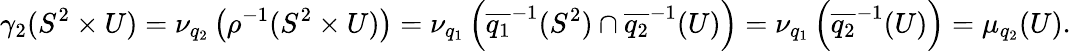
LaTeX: \gamma_{2}(S^{2}\times U)=\nu_{q_{2}}\left(\rho^{-1}(S^{2}\times U)\right)=\nu_{q_{1}}\left(\overline{{{q_{1}}}}^{-1}(S^{2})\cap\overline{{q_{2}}}^{-1}(U)\right)=\nu_{q_{1}}\left(\overline{{q_{2}}}^{-1}(U)\right)=\mu_{q_{2}}(U).